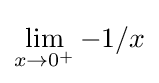
\lim _{x\to 0^{+}}{-1/x}